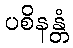
ပစိနန္တံ